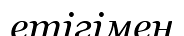
етігімен